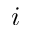
i